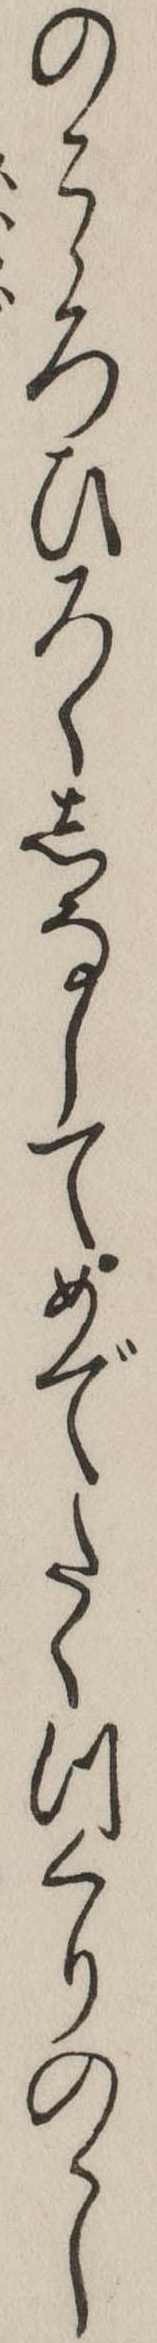
のこゝろひろくしなしてめでたくつくりのゝし